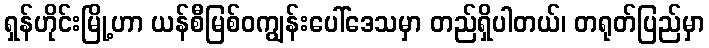
ရှန်ဟိုင်းမြို့ဟာ ယန်စီမြစ်ဝကျွန်းပေါ်ဒေသမှာ တည်ရှိပါတယ်၊ တရုတ်ပြည်မှာ